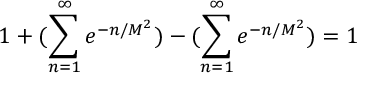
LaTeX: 1 + ( \sum _ { n = 1 } ^ { \infty } e ^ { - n / M ^ { 2 } } ) - ( \sum _ { n = 1 } ^ { \infty } e ^ { - n / M ^ { 2 } } ) = 1